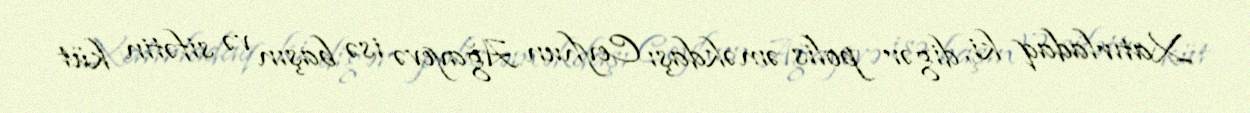
Xatırladaq ki, digər polis əməkdaşı Ceyhun Ağayevə isə başın və sifətin küt